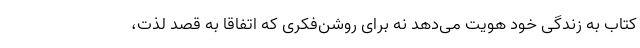
کتاب به زندگی خود هویت می‌دهد نه برای روشن‌فکری که اتفاقا به قصد لذت،